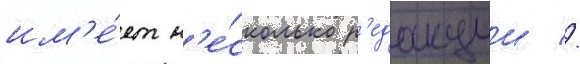
им'е́ет н'е́сколько р'едакции //